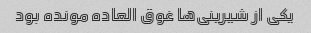
یکی از شیرینی‌ها غوق العاده مونده بود